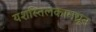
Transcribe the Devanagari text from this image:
यशस्तिलकामधून